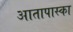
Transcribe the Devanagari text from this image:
आतापास्का